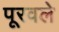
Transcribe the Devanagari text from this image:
पूरवले